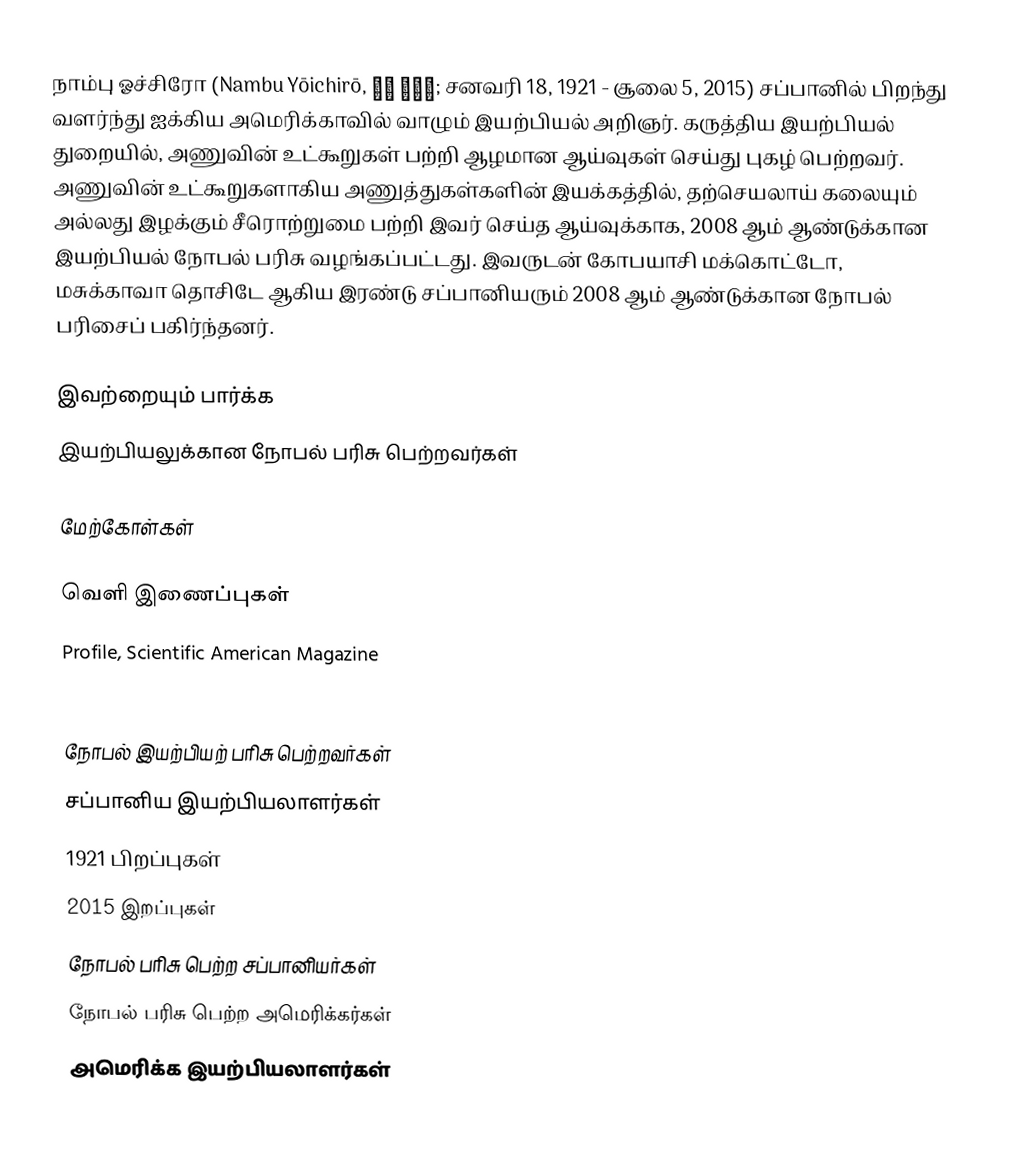
நாம்பு ஓச்சிரோ (Nambu Yōichirō, 南部 陽一郎; சனவரி 18, 1921 - சூலை 5, 2015) சப்பானில் பிறந்து வளர்ந்து ஐக்கிய அமெரிக்காவில் வாழும் இயற்பியல் அறிஞர். கருத்திய இயற்பியல் துறையில், அணுவின் உட்கூறுகள் பற்றி ஆழமான ஆய்வுகள் செய்து புகழ் பெற்றவர். அணுவின் உட்கூறுகளாகிய அணுத்துகள்களின்  இயக்கத்தில், தற்செயலாய் கலையும் அல்லது இழக்கும் சீரொற்றுமை பற்றி இவர் செய்த ஆய்வுக்காக,  2008 ஆம் ஆண்டுக்கான இயற்பியல் நோபல் பரிசு வழங்கப்பட்டது.  இவருடன் கோபயாசி மக்கொட்டோ, மசுக்காவா தொசிடே ஆகிய இரண்டு  சப்பானியரும்  2008 ஆம் ஆண்டுக்கான நோபல் பரிசைப் பகிர்ந்தனர்.

இவற்றையும் பார்க்க
 இயற்பியலுக்கான நோபல் பரிசு பெற்றவர்கள்

மேற்கோள்கள்

வெளி இணைப்புகள்
 Profile, Scientific American Magazine
 Yoichiro Nambu, Sc.D. Biographical Information

நோபல் இயற்பியற் பரிசு பெற்றவர்கள்
சப்பானிய இயற்பியலாளர்கள்
1921 பிறப்புகள்
2015 இறப்புகள்
நோபல் பரிசு பெற்ற சப்பானியர்கள்
நோபல் பரிசு பெற்ற அமெரிக்கர்கள்
அமெரிக்க இயற்பியலாளர்கள்